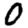
Digit: 0